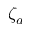
\zeta _ { a }